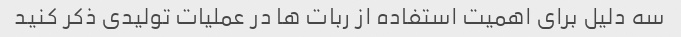
سه دلیل برای اهمیت استفاده از ربات ها در عملیات تولیدی ذکر کنید